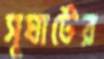
সুঘাটের